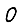
Digit: 0